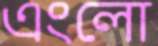
এংলো